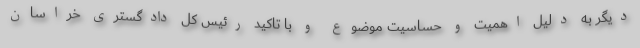
دیگر به دلیل اهمیت و حساسیت موضوع و با تاکید رئیس کل دادگستری خراسان